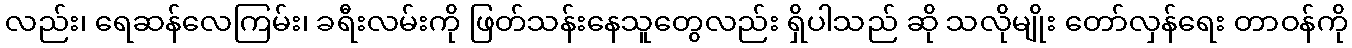
လည်း၊ ရေဆန်လေကြမ်း၊ ခရီးလမ်းကို ဖြတ်သန်းနေသူတွေလည်း ရှိပါသည် ဆို သလိုမျိုး တော်လှန်ရေး တာဝန်ကို